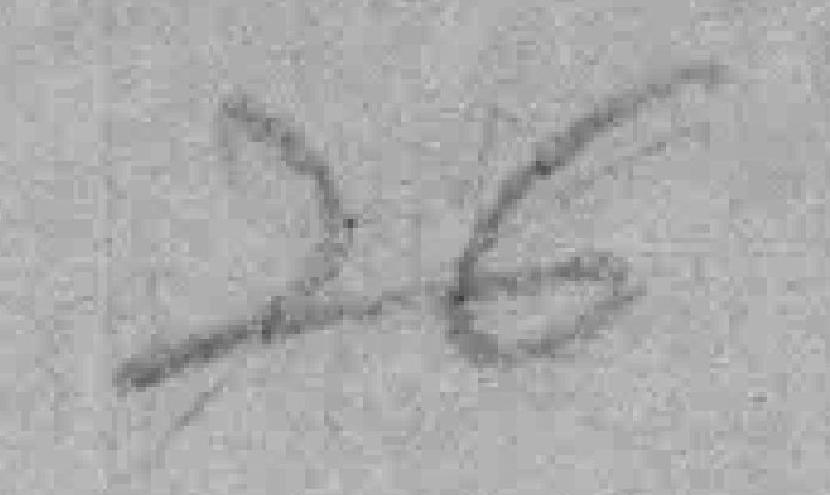
26